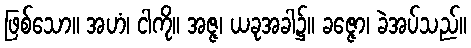
ဖြစ်သော။ အဟံ၊ ငါကို။ အဇ္ဇ၊ ယခုအခါ၌။ ခဇ္ဇော၊ ခဲအပ်သည်။